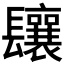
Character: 𨳃